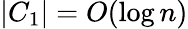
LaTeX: |C_{1}|=O(\log n)